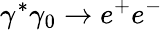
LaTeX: \gamma^{*}\gamma_{0}\rightarrow e^{+}e^{-}